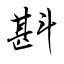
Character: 斟